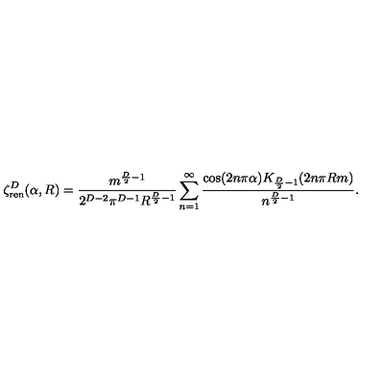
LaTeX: \zeta _ { \mathrm { r e n } } ^ { D } ( \alpha , R ) = \frac { m ^ { { \scriptstyle \frac { D } { 2 } } - 1 } } { 2 ^ { D - 2 } \pi ^ { D - 1 } R ^ { { \scriptstyle \frac { D } { 2 } } - 1 } } \sum _ { n = 1 } ^ { \infty } \frac { \cos ( 2 n \pi \alpha ) K _ { { \scriptstyle \frac { D } { 2 } } - 1 } ( 2 n \pi R m ) } { n ^ { { \scriptstyle \frac { D } { 2 } } - 1 } } .